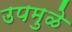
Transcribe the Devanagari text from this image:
उपमुळे